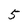
Character: 5